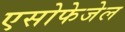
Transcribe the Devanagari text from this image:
एसोफेजेल